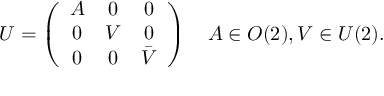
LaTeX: U = \left( \begin{array} { c c c } { { A } } & { { 0 } } & { { 0 } } \\ { { 0 } } & { { V } } & { { 0 } } \\ { { 0 } } & { { 0 } } & { { \bar { V } } } \end{array} \right) \quad A \in O ( 2 ) , V \in U ( 2 ) .